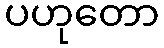
ပဟုတော